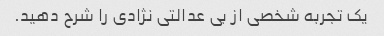
یک تجربه شخصی از بی عدالتی نژادی را شرح دهید.